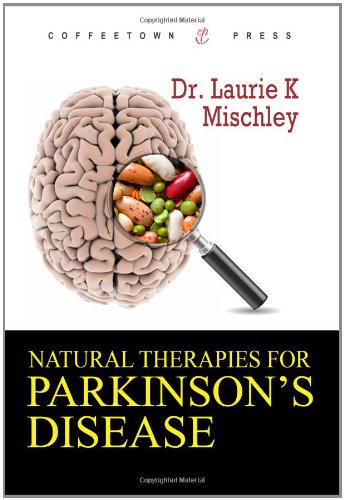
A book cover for Natural Therapies for Parkinson's Disease; Dr. Laurie Mischley; Health, Fitness & Dieting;